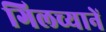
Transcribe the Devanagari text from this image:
गिलच्यानें